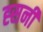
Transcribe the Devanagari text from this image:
ह्सनी